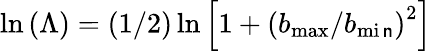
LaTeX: \ln{(\Lambda)}=(1/2)\ln\left[1+\left(b_{\operatorname*{max}}/b_{\operatorname*{mi\mathsf{n}}}\right)^{2}\right]